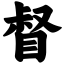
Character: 督